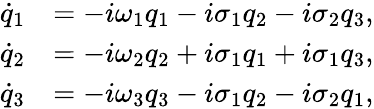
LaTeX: \begin{array}{rl}{\dot{q}_{1}}&{=-i\omega_{1}q_{1}-i\sigma_{1}q_{2}-i\sigma_{2}q_{3},}\\ {\dot{q}_{2}}&{=-i\omega_{2}q_{2}+i\sigma_{1}q_{1}+i\sigma_{1}q_{3},}\\ {\dot{q}_{3}}&{=-i\omega_{3}q_{3}-i\sigma_{1}q_{2}-i\sigma_{2}q_{1},}\end{array}